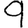
Digit: 9